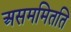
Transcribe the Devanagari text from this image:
असममितति